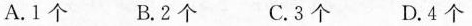
A.1个 B. 2个 C. 3个 D. 4个